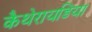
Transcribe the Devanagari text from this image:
कैथेरायडिया